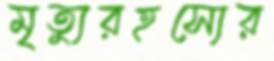
মৃত্যুরহস্যের